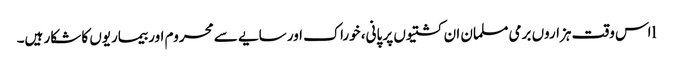
lاس وقت ہزاروں برمی مسلمان ان کشتیوں پر پانی، خوراک اور سایے سے محروم اور بیماریوں کا شکار ہیں۔